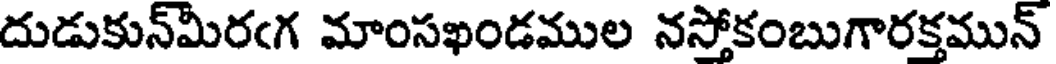
దుడుకున్మీరఁగ మాంసఖండముల నస్తోకంబుగారక్తమున్